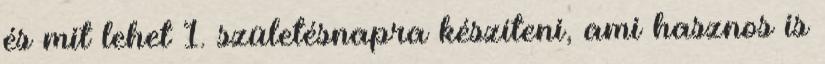
és mit lehet 1. születésnapra készíteni, ami hasznos is